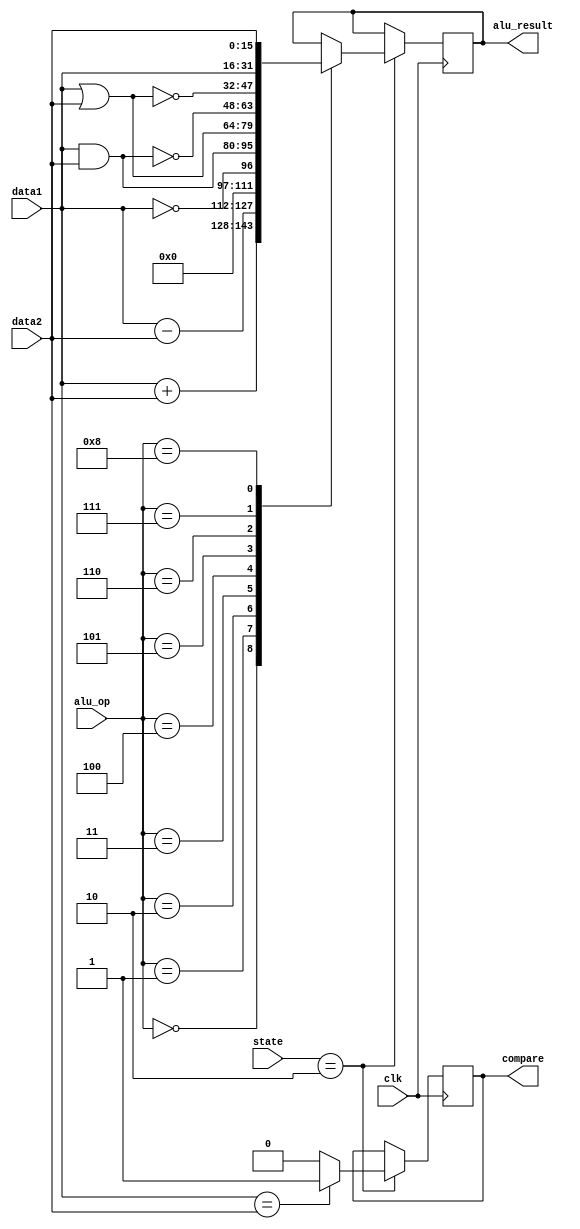
`timescale 1ns / 1ps
//////////////////////////////////////////////////////////////////////////////////
// Company: 
// Engineer: 
// 
// Design Name: 
// Module Name:    alu 
// Project Name: 
// Target Devices: 
// Tool versions: 
// Description: 
//
// Dependencies: 
//
// Revision: 
// Revision 0.01 - File Created
// Additional Comments: 
//
//////////////////////////////////////////////////////////////////////////////////
module alu(
	 clk,
    alu_op,
	 data1,
	 data2,
	 compare,
	 alu_result,
	 state
    );
	 
	 input wire clk;
	 input wire [3:0] alu_op;
	 input wire [15:0] data1;
	 input wire [15:0] data2;
	 output reg compare;
	 output reg [15:0] alu_result;
	 input wire [2:0] state;
	 
	 always @(posedge clk) begin
		 if(state == 3'b010) begin
			 case(alu_op)
				0: alu_result <= data1 + data2; // ADD
				1: alu_result <= data1 - data2; // SUB
				2: alu_result <= !data1; // NOT
				3: alu_result <= data1 & data2; // AND
				4: alu_result <= data1 | data2; // OR
				5: alu_result <= ~(data1 &data2); // NAND
				6: alu_result <= ~(data1 | data2); // NOR
				7: alu_result <= data1;
				8: alu_result <= data2;
			 endcase
			if (data1 == data2)
				compare <= 1'b1;
			else
				compare <= 1'b0;
		end
	 end
endmodule